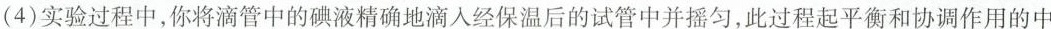
(4)实验过程中，你将管中的碘液精确地滴入经保温后的试管中并摇匀，此过程起平衡和协调作用的中